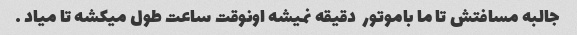
جالبه مسافتش تا ما باموتور  دقیقه نمیشه اونوقت ساعت طول میکشه تا میاد …